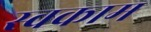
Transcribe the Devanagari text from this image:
स्वकाम